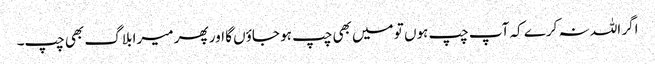
اگر اللہ نہ کرے کہ آپ چپ ہوں تو میں بھی چپ ہو جاؤں گا اور پھر میرا بلاگ بھی چپ۔